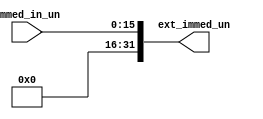
module unsign_extend(immed_in_un, ext_immed_un ) ;
	input[15:0] immed_in_un;
	output[31:0] ext_immed_un;
	assign ext_immed_un = { 16'b0, immed_in_un };
endmodule